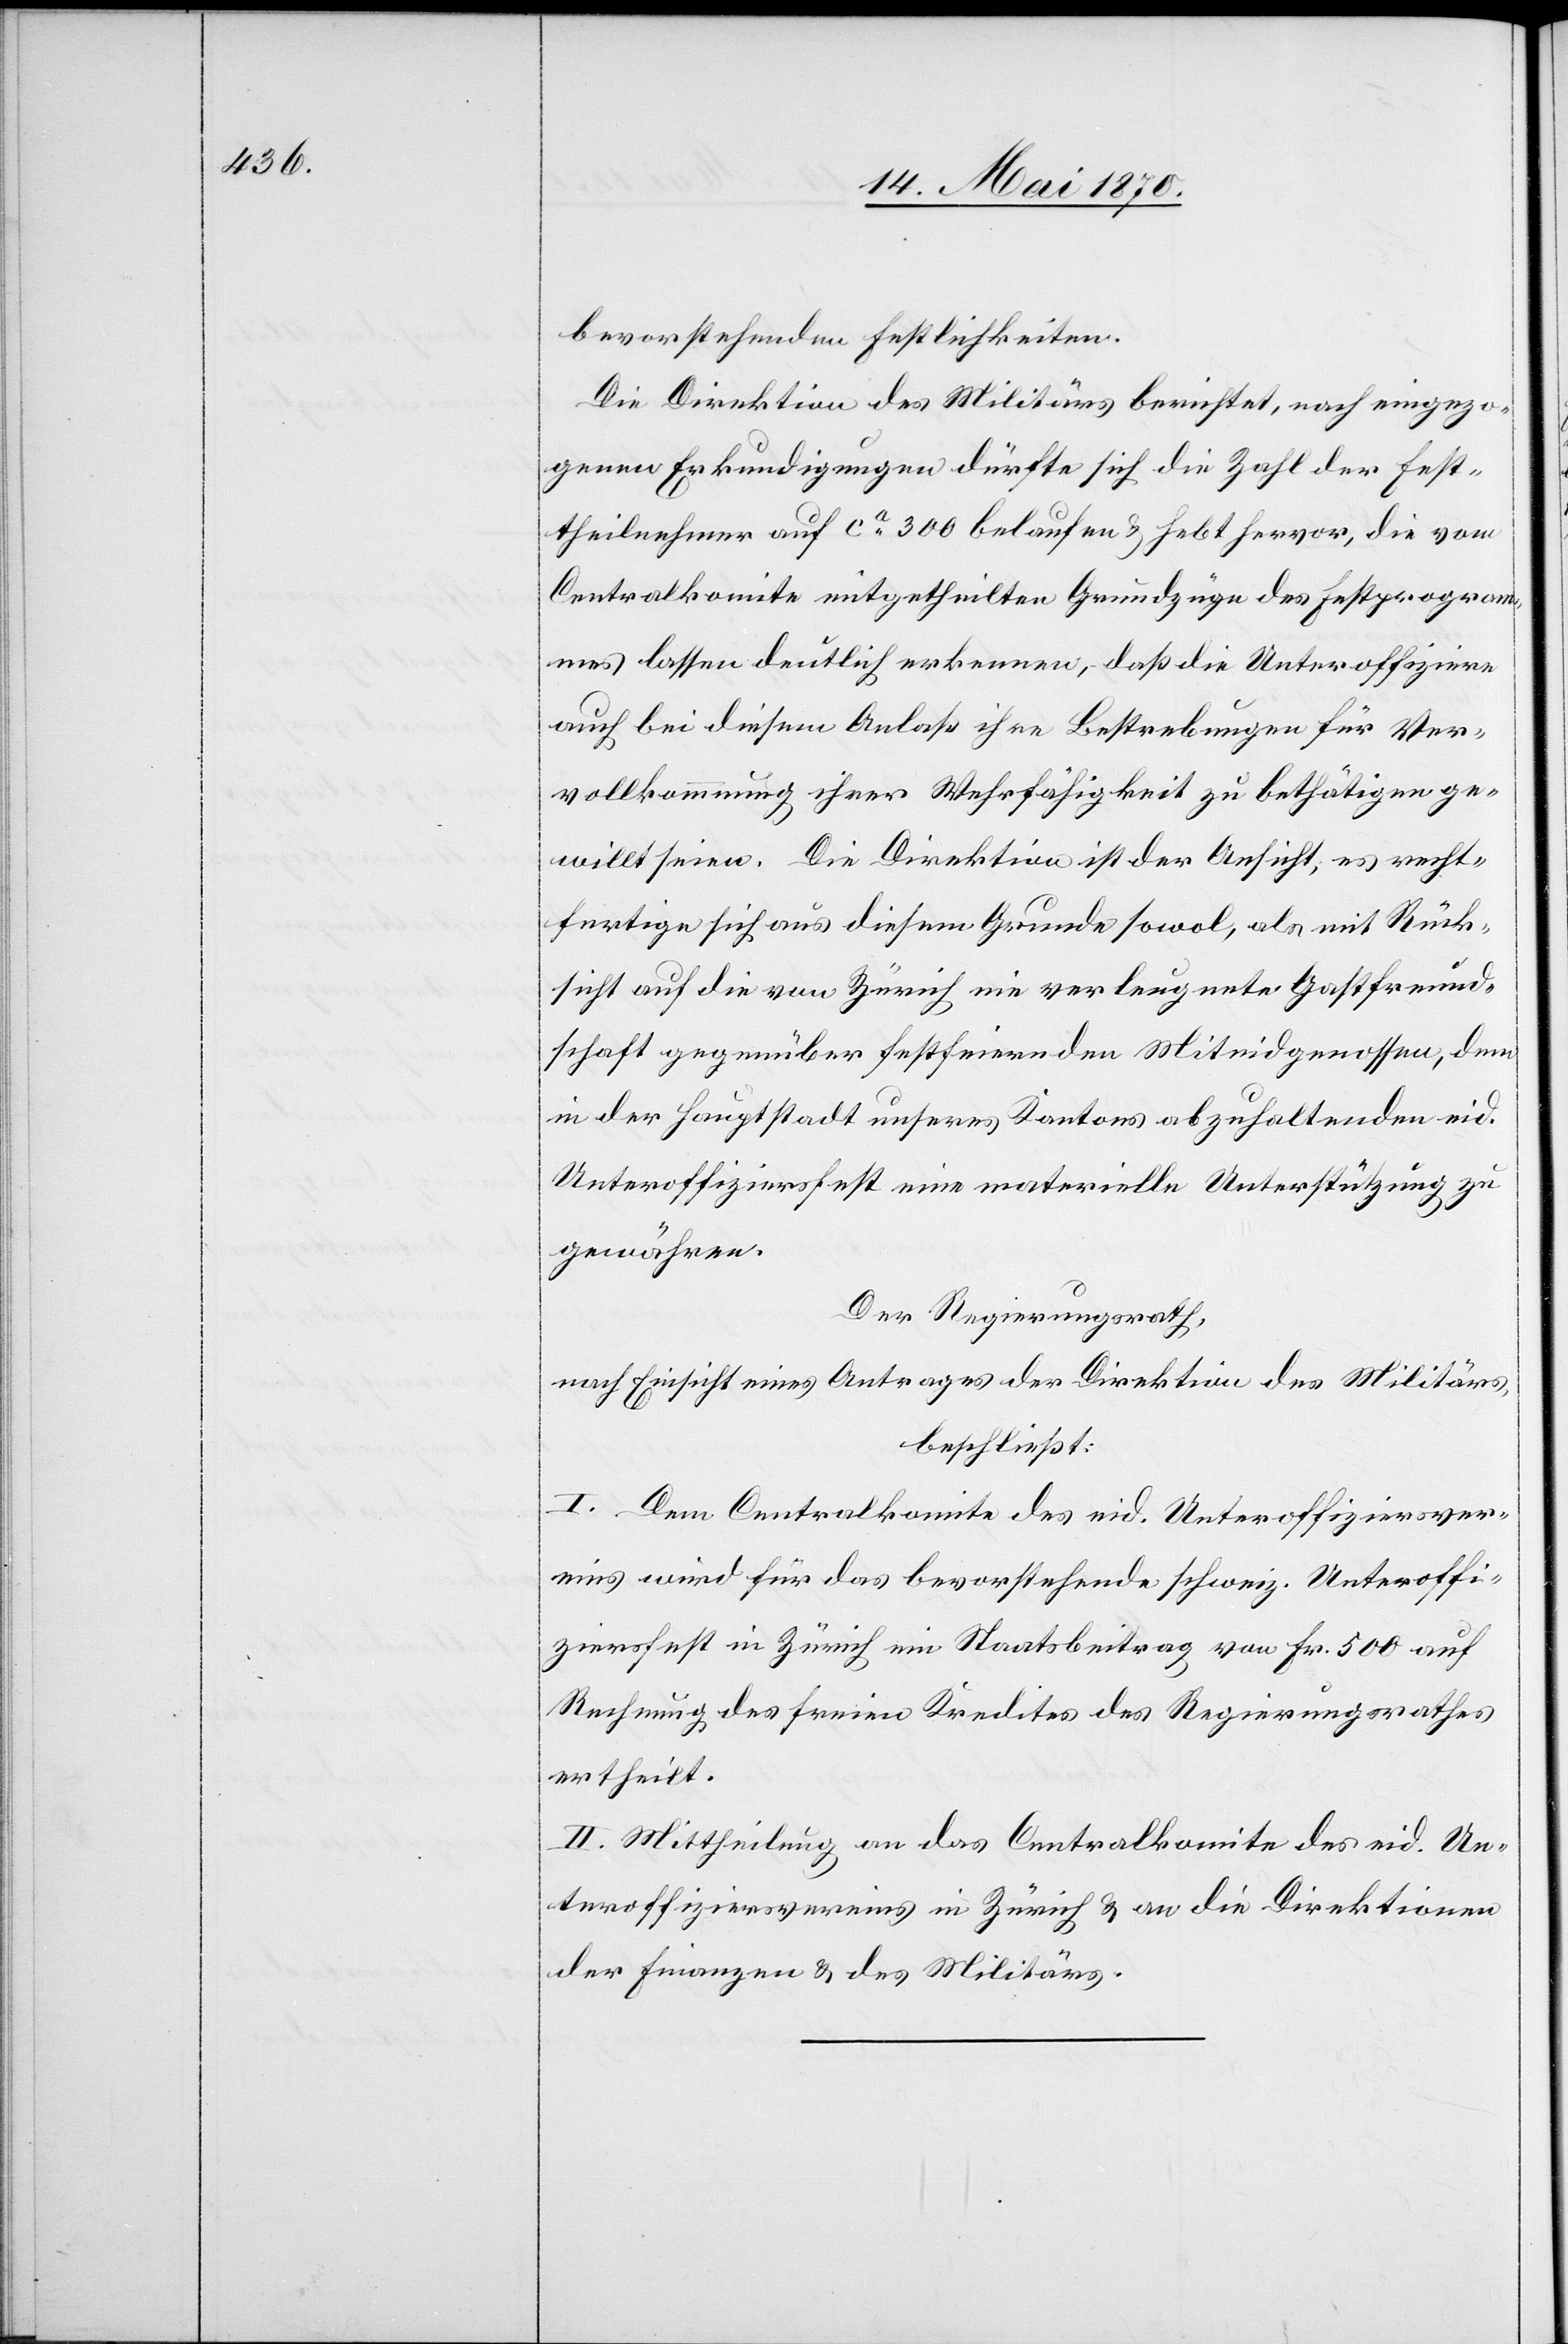
bevorstehenden Festlichkeiten.
Die Direktion des Militärs berichtet, nach eingezo¬
genen Erkundigungen dürfte sich die Zahl der Fest¬
theilnehmer auf ca 300 belaufen & hebt hervor, die vom
Centralkomite mitgetheilten Grundzüge des Festprogram¬
mes lassen deutlich erkennen, daß die Unteroffiziere
auch bei diesem Anlaß ihre Bestrebungen für Ver¬
vollkommnung ihrer Wehrfähigkeit zu bethätigen ge¬
willt seien. Die Direktion ist der Ansicht, es recht¬
fertige sich aus diesem Grunde sowol, als mit Rück¬
sicht auf die von Zürich nie verleugnete Gastfreund¬
schaft gegenüber festfeiernden Miteidgenossen, dem
in der Hauptstadt unseres Kantons abzuhaltenden eid.
Unteroffiziersfest eine materielle Unterstützung zu
gewähren.
Der Regierungsrath,
nach Einsicht eines Antrages der Direktion des Militärs,
beschließt:
I. Dem Centralkomite des eid. Unteroffiziersver¬
eins wird für das bevorstehende schweiz. Unteroffi¬
ziersfest in Zürich ein Staatsbeitrag von Fr. 500 auf
Rechnung des freien Kredites des Regierungsrathes
ertheilt.
II. Mittheilung an das Centralkomite des eid. Un¬
teroffiziersvereins in Zürich & an die Direktionen
der Finanzen & des Militärs.